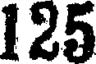
125